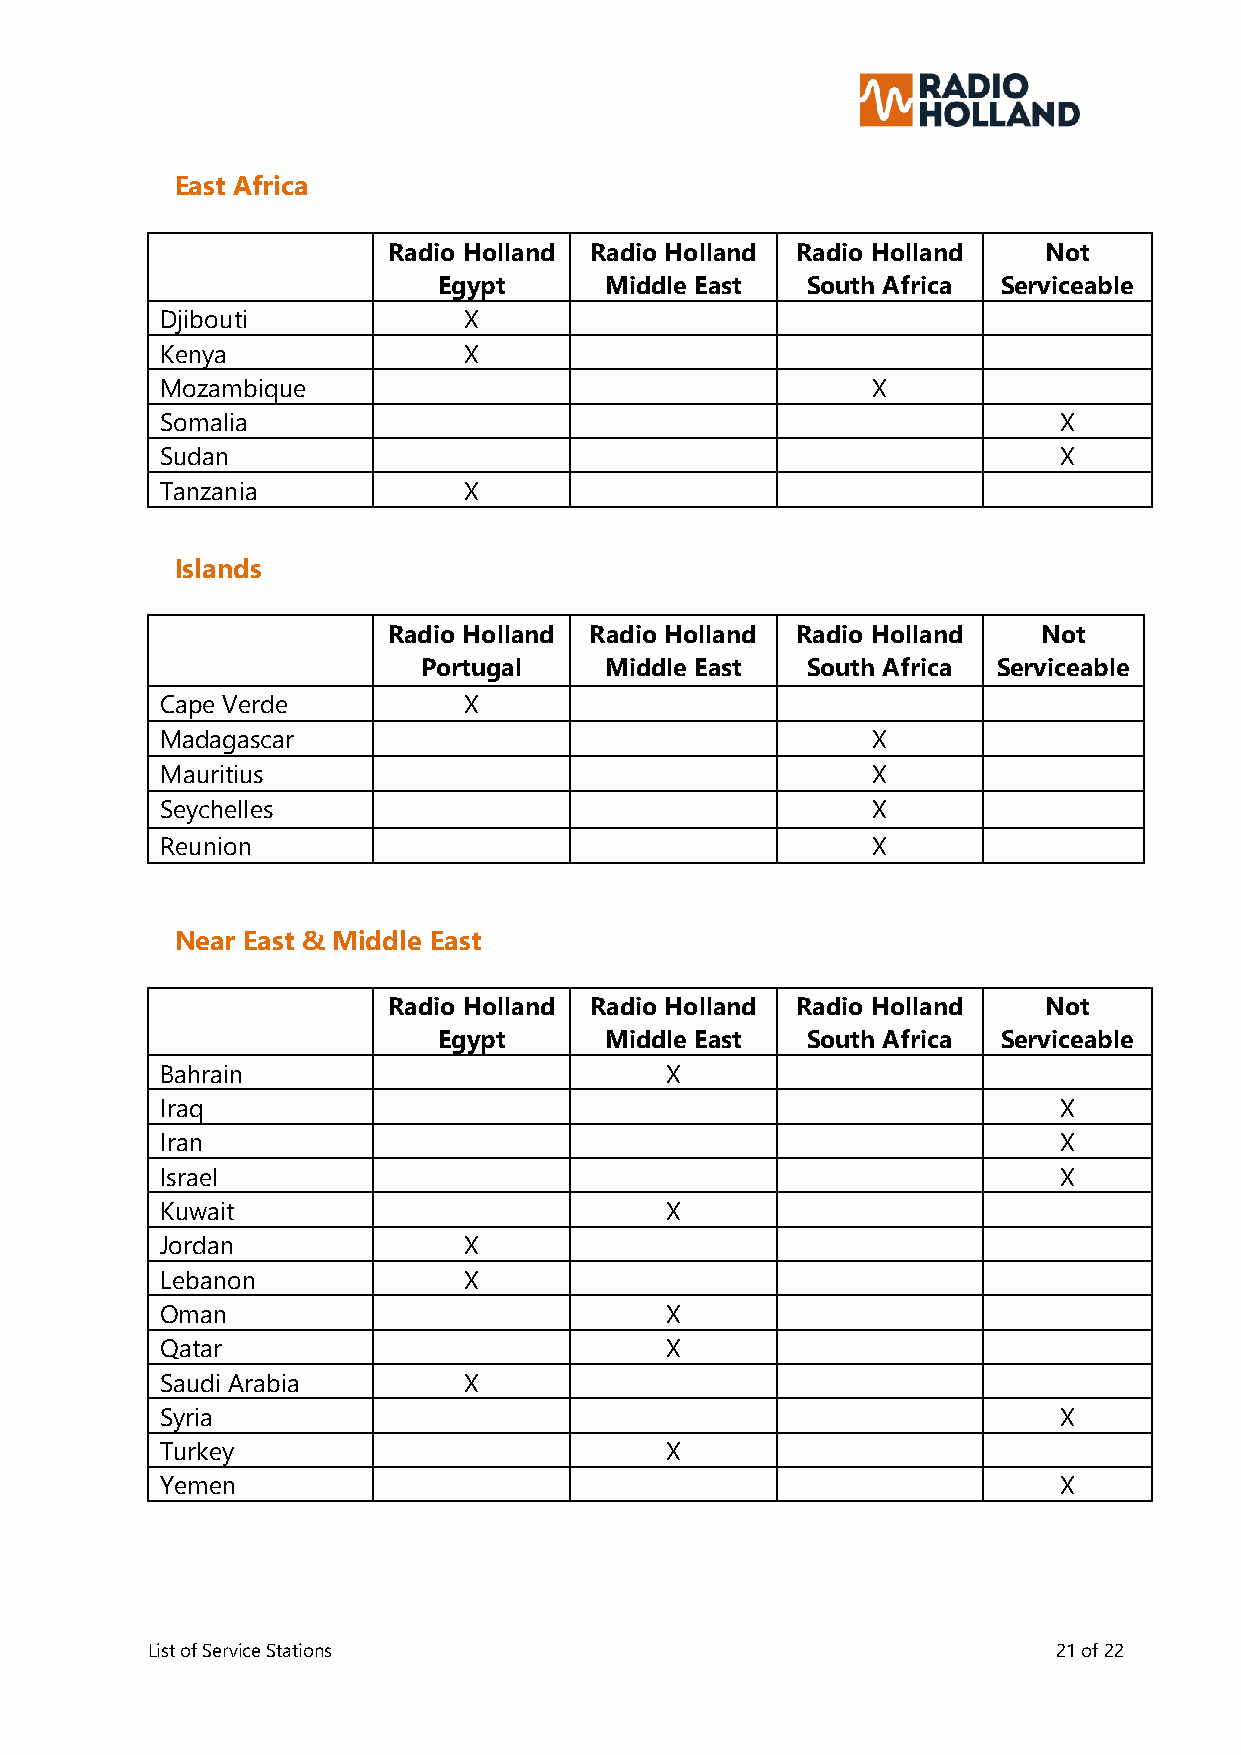
East Africa
 Radio Holland Radio Holland Radio Holland  Not
 Egypt      Middle East  South Africa Serviceable
 Djibouti            X
 Kenya               X
 Mozambique                                     X
 Somalia                                                    X
 Sudan                                                      X
 Tanzania            X
 Islands
 Radio Holland Radio Holland Radio Holland  Not
 Portugal    Middle East  South Africa Serviceable
 Cape Verde          X
 Madagascar                                     X
 Mauritius                                      X
 Seychelles                                     X
 Reunion                                        X
 Near East & Middle East
 Radio Holland Radio Holland Radio Holland  Not
 Egypt      Middle East  South Africa Serviceable
 Bahrain                          X
 Iraq                                                       X
 Iran                                                       X
 Israel                                                     X
 Kuwait                           X
 Jordan              X
 Lebanon             X
 Oman                             X
 Qatar                            X
 Saudi Arabia        X
 Syria                                                      X
 Turkey                           X
 Yemen                                                      X
 List of Service Stations                                    21 of 22